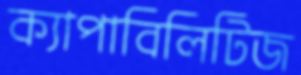
ক্যাপাবিলিটিজ